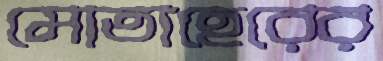
মোতাহেরের